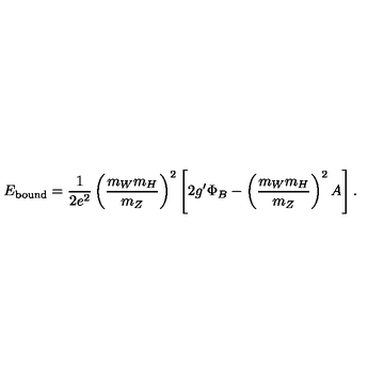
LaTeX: E _ { \mathrm { b o u n d } } = \frac { 1 } { 2 e ^ { 2 } } \left( \frac { m _ { W } m _ { H } } { m _ { Z } } \right) ^ { 2 } \left[ 2 g ^ { \prime } \Phi _ { B } - \left( \frac { m _ { W } m _ { H } } { m _ { Z } } \right) ^ { 2 } A \right] .